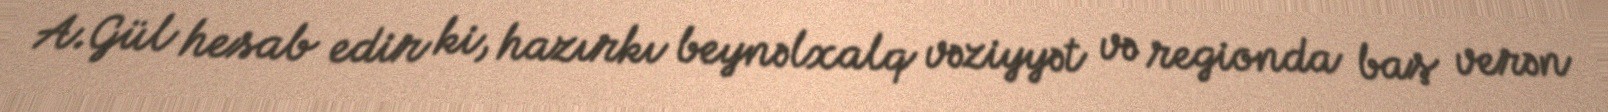
A.Gül hesab edir ki, hazırkı beynəlxalq vəziyyət və regionda baş verən